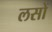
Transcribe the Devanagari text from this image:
लसों